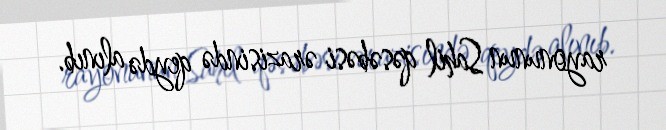
rayonunun Sahil qəsəbəsi ərazisində qeydə alınıb.